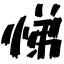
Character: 悌